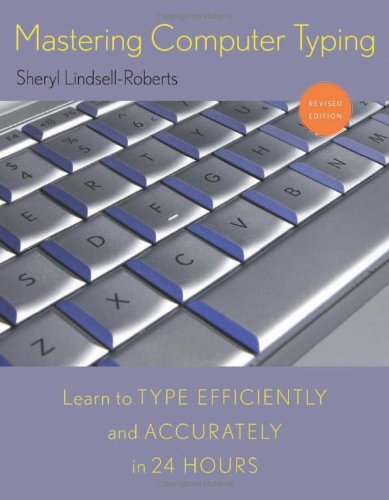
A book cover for Mastering Computer Typing, Revised Edition; Sheryl Lindsell-Roberts; Business & Money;